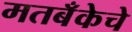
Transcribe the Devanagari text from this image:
मतबँकेचे